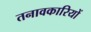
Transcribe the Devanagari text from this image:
तनावकारियों